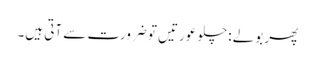
پھر بولے :چلو عورتیں تو ضرورت سے آتی ہیں۔